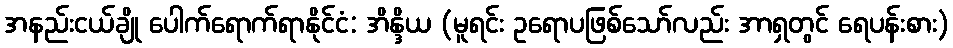
အနည်းငယ်ချို ပေါက်ရောက်ရာနိုင်ငံ: အိန္ဒိယ (မူရင်း ဥရောပဖြစ်သော်လည်း အာရှတွင် ရေပန်းစား)